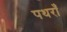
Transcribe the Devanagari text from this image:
पथराँ